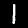
Label: 1